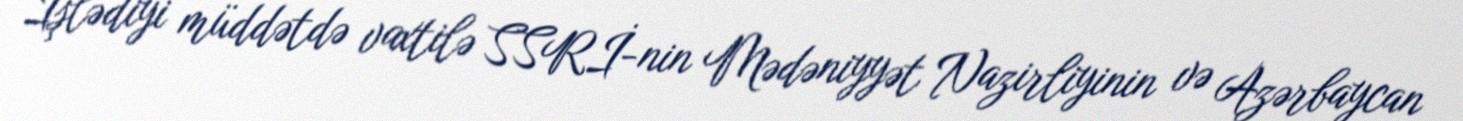
İşlədiyi müddətdə vaxtilə SSRİ-nin Mədəniyyət Nazirliyinin və Azərbaycan